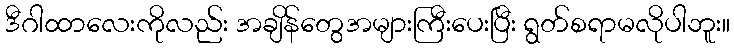
ဒီဂါထာလေးကိုလည်း အချိန်တွေအများကြီးပေးပြီး ရွတ်စရာမလိုပါဘူး။